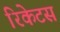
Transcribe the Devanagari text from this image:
रिकेटस